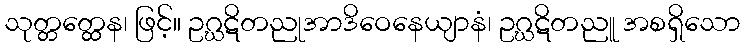
သုတ္တတ္ထေန၊ ဖြင့်။ ဥဂ္ဃဋိတညုအာဒိဝေနေယျာနံ၊ ဥဂ္ဃဋိတညူ အစရှိသော